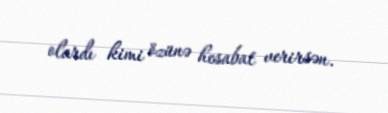
olardı kimi özünə hesabat verirsən.